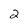
Character: 2